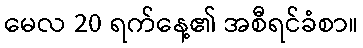
မေလ 20 ရက်နေ့၏ အစီရင်ခံစာ။